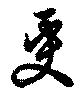
更